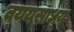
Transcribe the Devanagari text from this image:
व्‍ययसाध्‍य